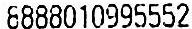
8888010995552